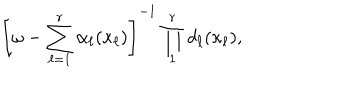
LaTeX: \left[ \omega - \sum _ { \ell = 1 } ^ { r } \alpha _ { \ell } ( \kappa _ { \ell } ) \right] ^ { - 1 } \prod _ { 1 } ^ { r } d _ { \ell } ( \kappa _ { \ell } ) ,